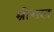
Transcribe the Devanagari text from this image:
म्रीगल